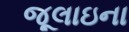
જૂલાઇના